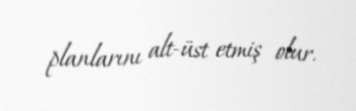
planlarını alt-üst etmiş olur.